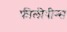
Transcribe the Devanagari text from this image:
फीलीपीन्स